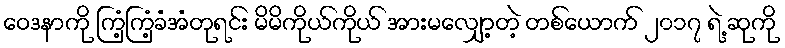
ဝေဒနာကို ကြံ့ကြံ့ခံအံတုရင်း မိမိကိုယ်ကိုယ် အားမလျှော့တဲ့ တစ်ယောက် ၂၀၁၇ ရဲ့ ဆုကို